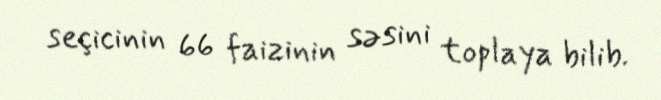
seçicinin 66 faizinin səsini toplaya bilib.